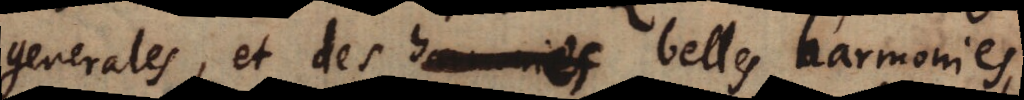
generales, et des belles harmonies